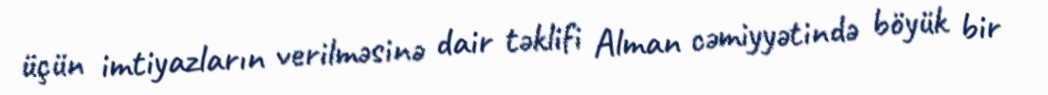
üçün imtiyazların verilməsinə dair təklifi Alman cəmiyyətində böyük bir